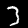
Label: 3